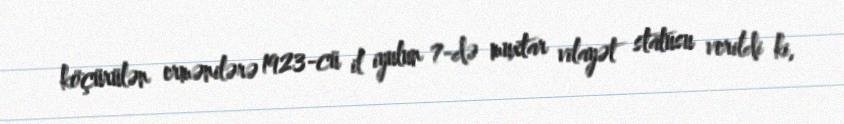
köçürülən ermənilərə 1923-cü il iyulun 7-də muxtar vilayət statusu verildi ki,